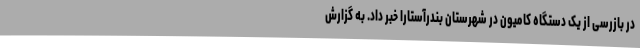
در بازرسی از یک دستگاه کامیون در شهرستان بندرآستارا خبر داد. به گزارش